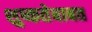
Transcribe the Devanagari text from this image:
शुष्कतेबाबत